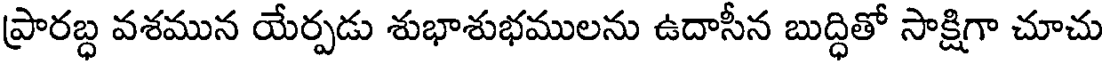
ప్రారబ్ధ వశమున యేర్పడు శుభాశుభములను ఉదాసీన బుద్ధితో సాక్షిగా చూచు